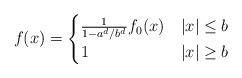
LaTeX: \begin{align*}f(x) = \begin{cases}\frac{1}{1 - a^d/b^d} f_0(x) & |x|\leq b \\1 & |x|\geq b\end{cases}\end{align*}